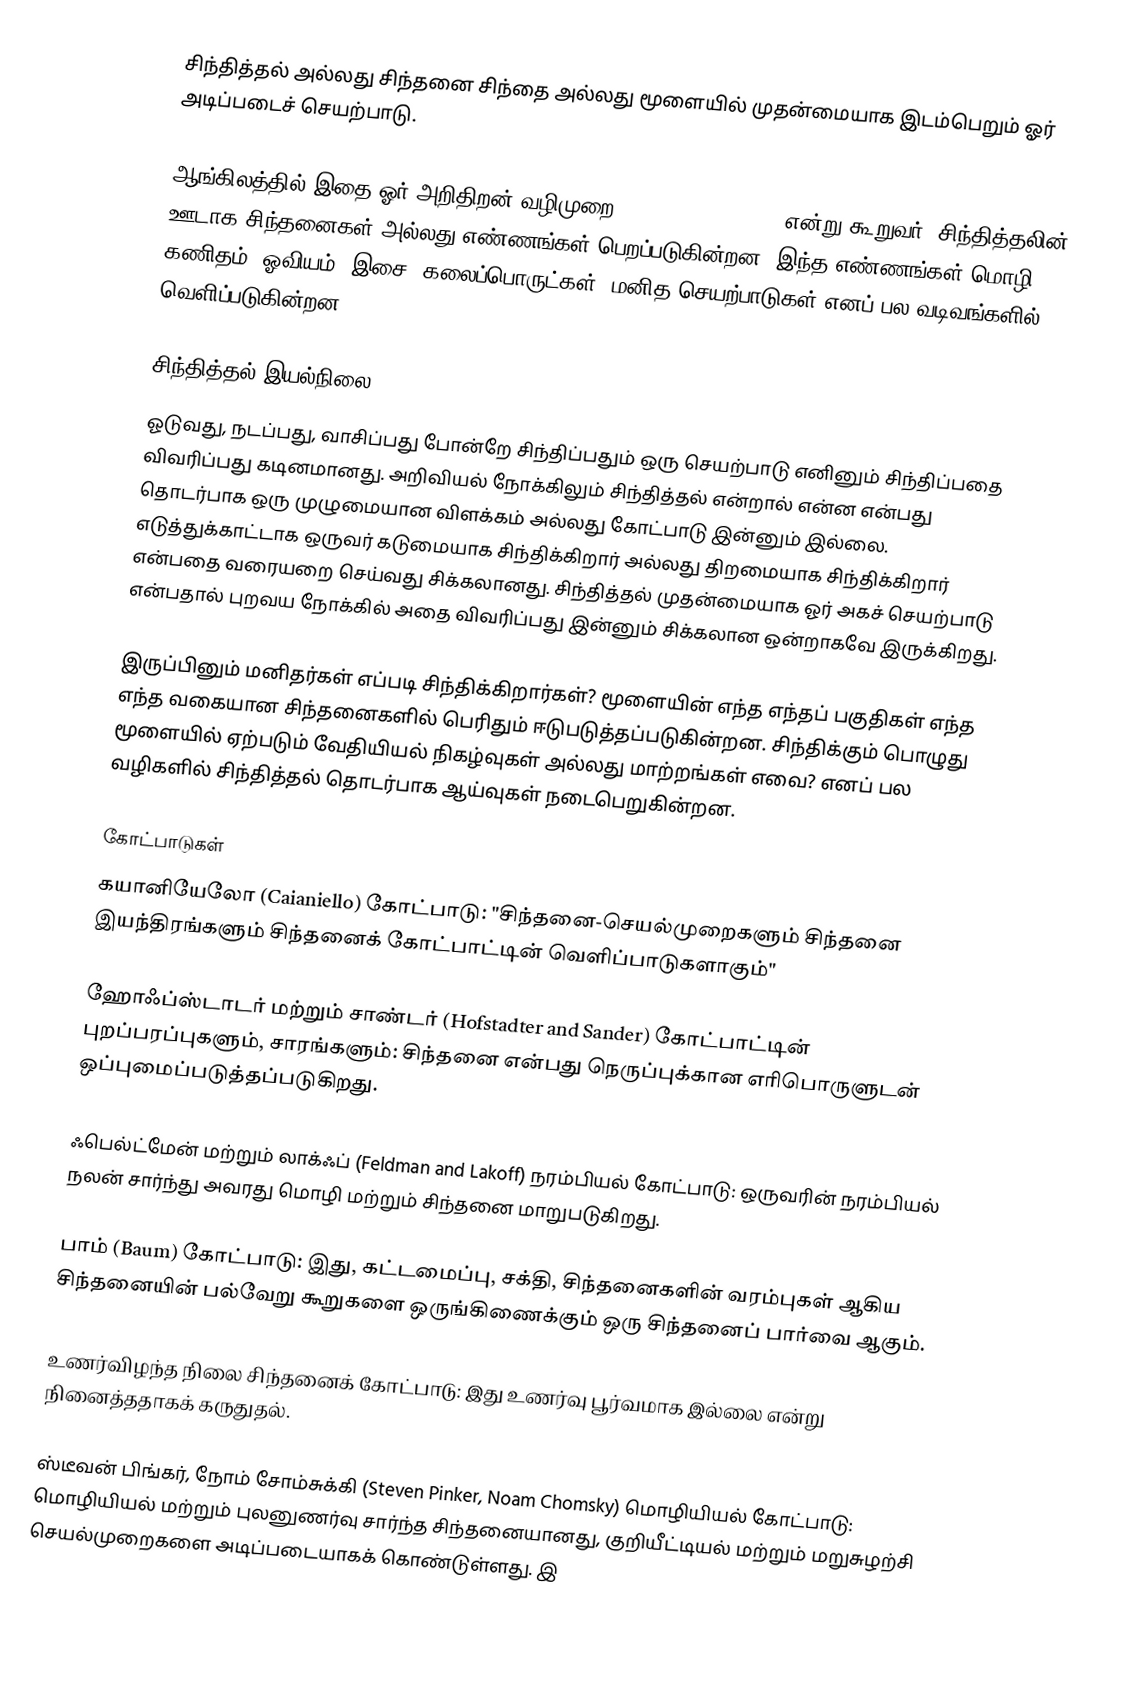
சிந்தித்தல் அல்லது சிந்தனை சிந்தை அல்லது மூளையில் முதன்மையாக இடம்பெறும் ஓர் அடிப்படைச் செயற்பாடு.

ஆங்கிலத்தில் இதை ஓர் அறிதிறன் வழிமுறை (cognitive process) என்று கூறுவர். சிந்தித்தலின் ஊடாக சிந்தனைகள் அல்லது எண்ணங்கள் பெறப்படுகின்றன. இந்த எண்ணங்கள் மொழி, கணிதம், ஓவியம், இசை, கலைப்பொருட்கள், மனித செயற்பாடுகள் எனப் பல வடிவங்களில் வெளிப்படுகின்றன.

சிந்தித்தல் இயல்நிலை
ஓடுவது, நடப்பது, வாசிப்பது போன்றே சிந்திப்பதும் ஒரு செயற்பாடு எனினும் சிந்திப்பதை விவரிப்பது கடினமானது. அறிவியல் நோக்கிலும் சிந்தித்தல் என்றால் என்ன என்பது தொடர்பாக ஒரு முழுமையான விளக்கம் அல்லது கோட்பாடு இன்னும் இல்லை. எடுத்துக்காட்டாக ஒருவர் கடுமையாக சிந்திக்கிறார் அல்லது திறமையாக சிந்திக்கிறார் என்பதை வரையறை செய்வது சிக்கலானது. சிந்தித்தல் முதன்மையாக ஓர் அகச் செயற்பாடு என்பதால் புறவய நோக்கில் அதை விவரிப்பது இன்னும் சிக்கலான ஒன்றாகவே இருக்கிறது.

இருப்பினும் மனிதர்கள் எப்படி சிந்திக்கிறார்கள்? மூளையின் எந்த எந்தப் பகுதிகள் எந்த எந்த வகையான சிந்தனைகளில் பெரிதும் ஈடுபடுத்தப்படுகின்றன. சிந்திக்கும் பொழுது மூளையில் ஏற்படும் வேதியியல் நிகழ்வுகள் அல்லது மாற்றங்கள் எவை? எனப் பல வழிகளில் சிந்தித்தல் தொடர்பாக ஆய்வுகள் நடைபெறுகின்றன.

கோட்பாடுகள்
கயானியேலோ (Caianiello) கோட்பாடு: "சிந்தனை-செயல்முறைகளும் சிந்தனை இயந்திரங்களும் சிந்தனைக் கோட்பாட்டின் வெளிப்பாடுகளாகும்"

ஹோஃப்ஸ்டாடர் மற்றும் சாண்டர் (Hofstadter and Sander) கோட்பாட்டின் புறப்பரப்புகளும், சாரங்களும்: சிந்தனை என்பது நெருப்புக்கான எரிபொருளுடன் ஒப்புமைப்படுத்தப்படுகிறது.

ஃபெல்ட்மேன் மற்றும் லாக்ஃப் (Feldman and Lakoff) நரம்பியல் கோட்பாடு: ஒருவரின் நரம்பியல் நலன் சார்ந்து அவரது மொழி மற்றும் சிந்தனை மாறுபடுகிறது.

பாம் (Baum) கோட்பாடு: இது, கட்டமைப்பு, சக்தி, சிந்தனைகளின் வரம்புகள் ஆகிய சிந்தனையின் பல்வேறு கூறுகளை ஒருங்கிணைக்கும் ஒரு சிந்தனைப் பார்வை ஆகும்.

உணர்விழந்த நிலை சிந்தனைக் கோட்பாடு: இது உணர்வு பூர்வமாக இல்லை என்று நினைத்ததாகக் கருதுதல்.

ஸ்டீவன் பிங்கர், நோம் சோம்சுக்கி (Steven Pinker, Noam Chomsky) மொழியியல் கோட்பாடு: மொழியியல் மற்றும் புலனுணர்வு சார்ந்த சிந்தனையானது, குறியீட்டியல் மற்றும் மறுசுழற்சி செயல்முறைகளை அடிப்படையாகக் கொண்டுள்ளது. இ